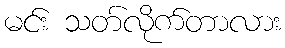
မင်း သတ်လိုက်တာလား